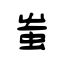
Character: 蚩